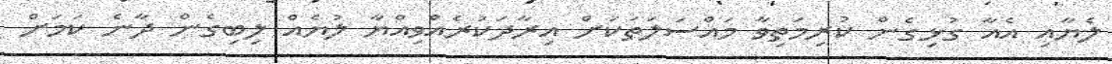
ލެޔާއި އެއާ ގުޅިގެން ކުރިމަތިވާ މައްސަލަތަކަށް އިރާދަކުރެއްވިއްޔާ ލުޔެއް ލިބިގެން ދާނެ ކަމަށް